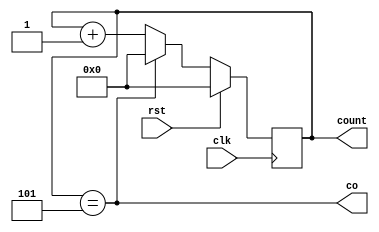
module count_6(
    input wire rst,
    input wire clk,
    // input wire en,
    output reg [3:0] count,
    output co
);
    always@(posedge clk) begin
    if(rst) begin
        count <= 4'd0;
    end
    else if(count == 4'd5) begin
        count <= 4'd0;
    end
    else begin
        count <= count + 1'd1;
    end
    end
    assign co = (count == 4'd5);
endmodule